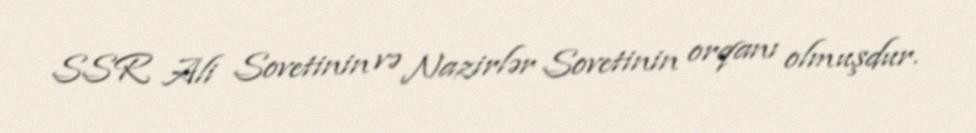
SSR Ali Sovetinin və Nazirlər Sovetinin orqanı olmuşdur.